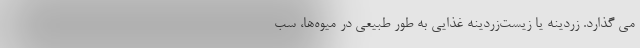
می گذارد. زردینه یا زیست‌زردینه غذایی به طور طبیعی در میوه‌ها، سب